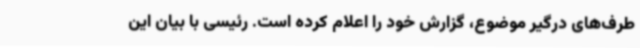
طرف‌های درگیر موضوع، گزارش خود را اعلام کرده است. رئیسی با بیان این